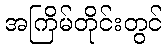
အကြိမ်တိုင်းတွင်